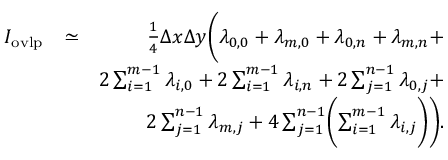
\begin{array} { r l r } { I _ { \mathrm { o v l p } } } & { \simeq } & { \frac { 1 } { 4 } \Delta x \Delta y \Biggl ( \lambda _ { 0 , 0 } + \lambda _ { m , 0 } + \lambda _ { 0 , n } + \lambda _ { m , n } + } \\ & { } & { 2 \sum _ { i = 1 } ^ { m - 1 } \lambda _ { i , 0 } + 2 \sum _ { i = 1 } ^ { m - 1 } \lambda _ { i , n } + 2 \sum _ { j = 1 } ^ { n - 1 } \lambda _ { 0 , j } + } \\ & { } & { 2 \sum _ { j = 1 } ^ { n - 1 } \lambda _ { m , j } + 4 \sum _ { j = 1 } ^ { n - 1 } \Biggl ( \sum _ { i = 1 } ^ { m - 1 } \lambda _ { i , j } \Biggr ) \Biggr ) . } \end{array}